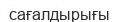
сағалдырығы